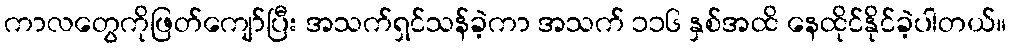
ကာလတွေကိုဖြတ်ကျော်ပြီး အသက်ရှင်သန်ခဲ့ကာ အသက် ၁၁၆ နှစ်အထိ နေထိုင်နိုင်ခဲ့ပါတယ်။